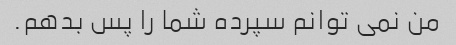
من نمی توانم سپرده شما را پس بدهم.